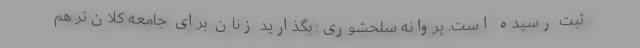
ثبت رسیده است. پروانه سلحشوری: بگذارید زنان برای جامعه کلان‌تر هم